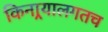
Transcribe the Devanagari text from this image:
किनार्‍यालगतच